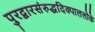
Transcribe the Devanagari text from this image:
पुरद्वारसंरुद्धदिक्पाललोके